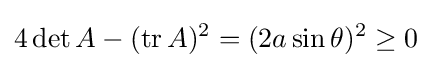
4\det A-(\operatorname {tr} A)^{2}=(2a\sin \theta )^{2}\geq 0